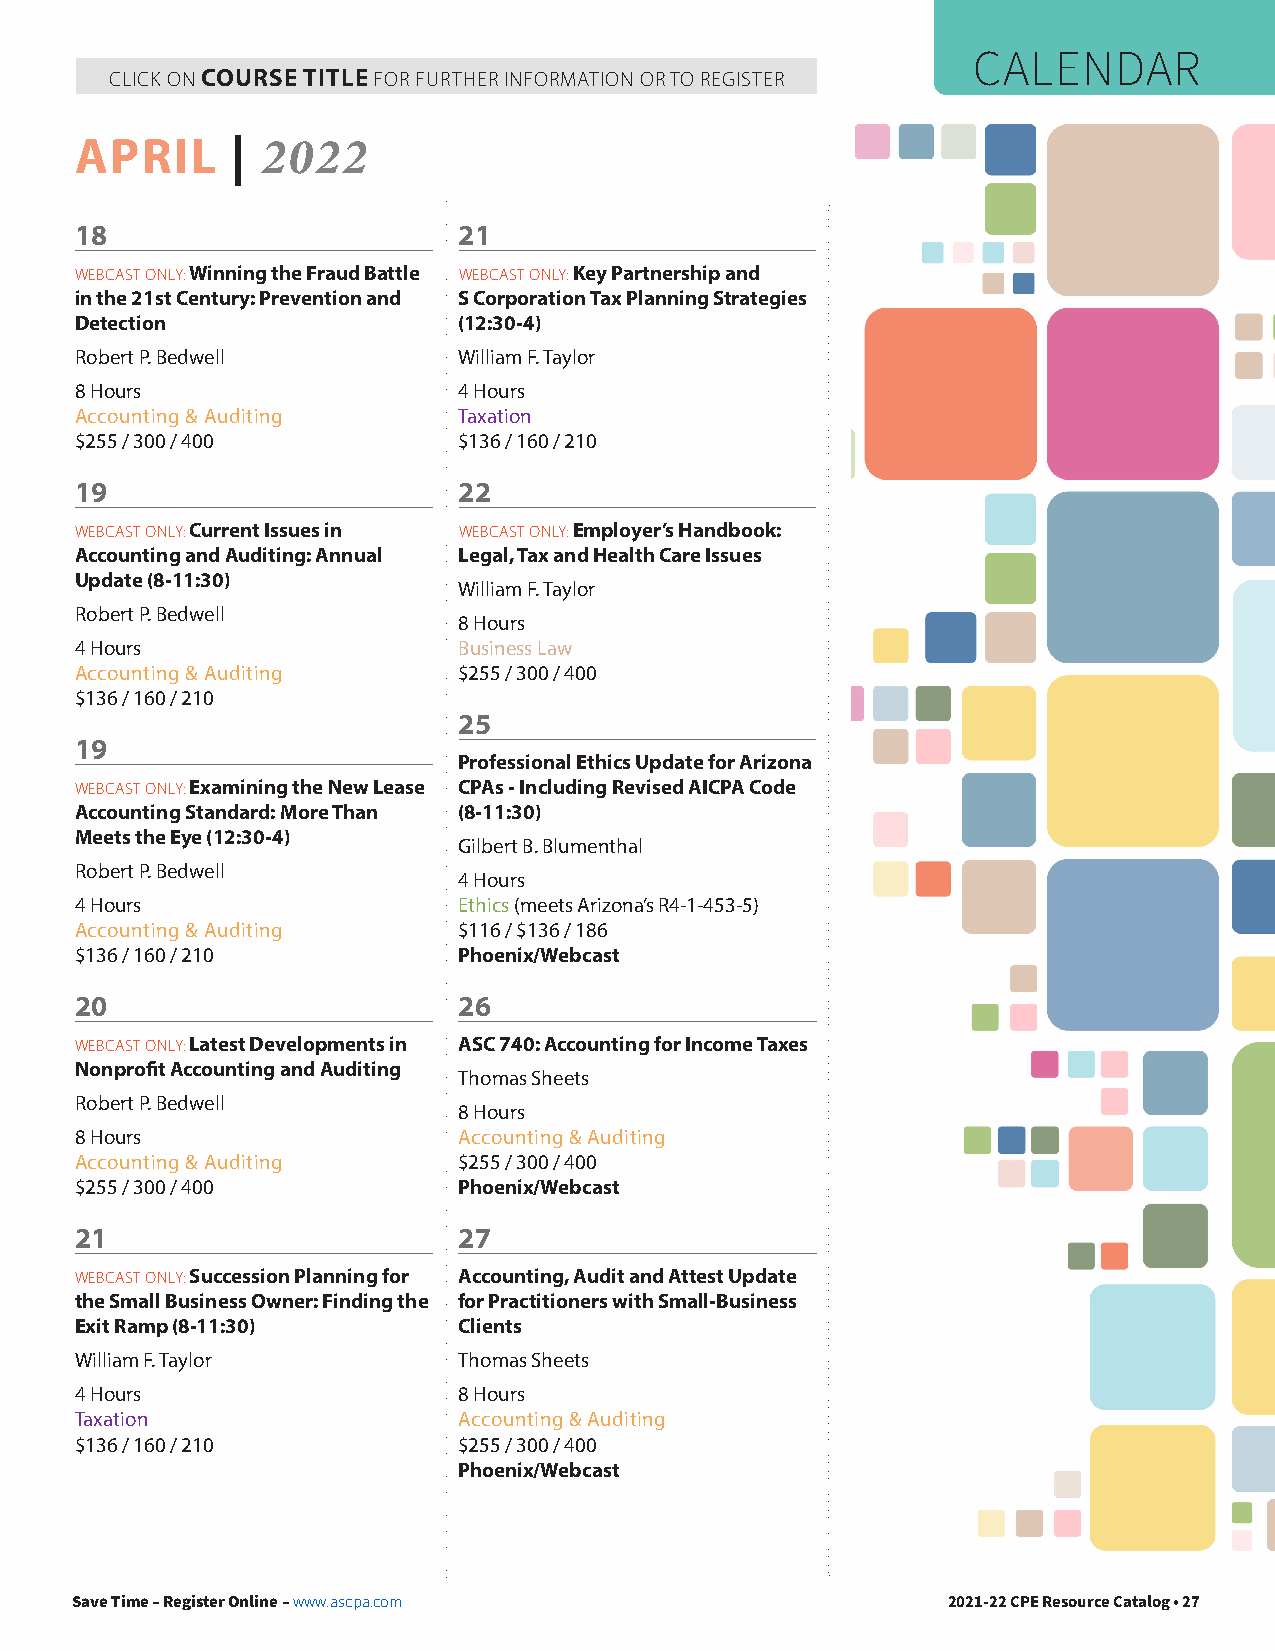
CALENDAR
 CLICK ON COURSE TITLE FOR FURTHER INFORMATION OR TO REGISTER
 APRIL     | 2022
 18                       21
 WEBCAST ONLY: Winning the Fraud Battle WEBCAST ONLY: Key Partnership and
 in the 21st Century: Prevention and S Corporation Tax Planning Strategies
 Detection                (12:30-4)
 Robert P. Bedwell        William F. Taylor
 8 Hours                  4 Hours
 Accounting & Auditing    Taxation
 $255 / 300 / 400         $136 / 160 / 210
 19                       22
 WEBCAST ONLY: Current Issues in WEBCAST ONLY: Employer’s Handbook:
 Accounting and Auditing: Annual Legal, Tax and Health Care Issues
 Update (8-11:30)
 William F. Taylor
 Robert P. Bedwell
 8 Hours
 4 Hours                  Business Law
 Accounting & Auditing    $255 / 300 / 400
 $136 / 160 / 210
 25
 19
 Professional Ethics Update for Arizona
 WEBCAST ONLY: Examining the New Lease CPAs - Including Revised AICPA Code
 Accounting Standard: More Than (8-11:30)
 Meets the Eye (12:30-4)
 Gilbert B. Blumenthal
 Robert P. Bedwell
 4 Hours
 4 Hours                  Ethics (meets Arizona’s R4-1-453-5)
 Accounting & Auditing    $116 / $136 / 186
 $136 / 160 / 210         Phoenix/Webcast
 20                       26
 WEBCAST ONLY: Latest Developments in ASC 740: Accounting for Income Taxes
 Nonprofit Accounting and Auditing
 Thomas Sheets
 Robert P. Bedwell
 8 Hours
 8 Hours                  Accounting & Auditing
 Accounting & Auditing    $255 / 300 / 400
 $255 / 300 / 400         Phoenix/Webcast
 21                       27
 WEBCAST ONLY: Succession Planning for Accounting, Audit and Attest Update
 the Small Business Owner: Finding the for Practitioners with Small-Business
 Exit Ramp (8-11:30)      Clients
 William F. Taylor        Thomas Sheets
 4 Hours                  8 Hours
 Taxation                 Accounting & Auditing
 $136 / 160 / 210         $255 / 300 / 400
 Phoenix/Webcast
 Save Time – Register Online – www.ascpa.com               2021-22 CPE Resource Catalog • 27